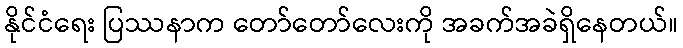
နိုင်ငံရေး ပြဿနာက တော်တော်လေးကို အခက်အခဲရှိနေတယ်။